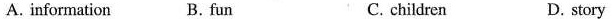
A. information B. fun C. children D. story